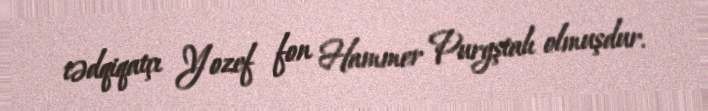
tədqiqatçı Yozef fon Hammer Purgştalı olmuşdur.